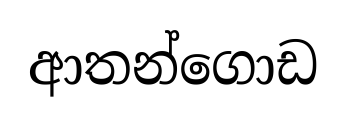
ආතන්ගොඩ